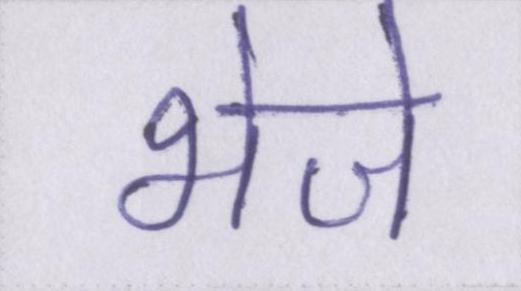
भेजे